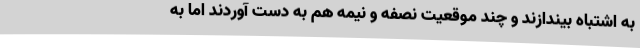
به اشتباه بیندازند و چند موقعیت نصفه و نیمه هم به دست آوردند اما به